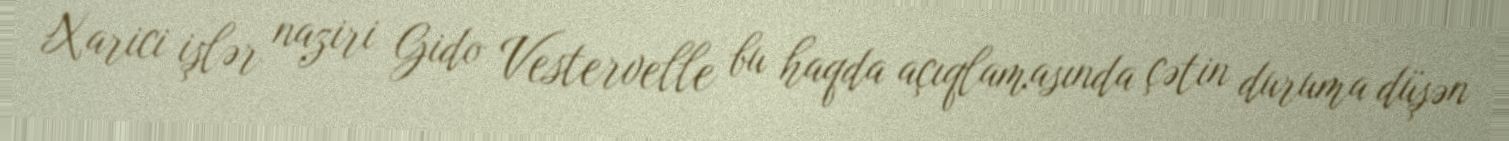
Xarici işlər naziri Gido Vestervelle bu haqda açıqlamasında çətin duruma düşən